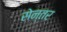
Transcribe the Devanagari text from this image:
सेन्तर